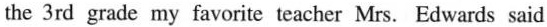
the 3rd grade my favorite teacher Mrs. Edwards said